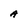
Character: A